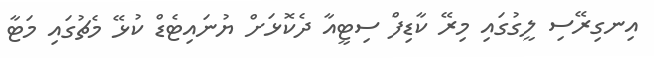
އިނގިރޭސި ލީގުގައި މިރޭ ކާޑިފް ސިޓީއާ ދެކޮޅަށް ޔުނައިޓެޑް ކުޅޭ މެޗުގައި މަޓާ